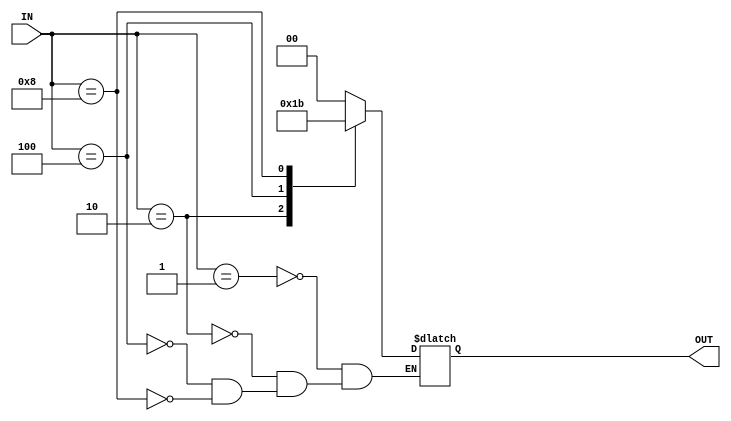
module enc(IN, OUT);
	input [3:0]IN;
	output [1:0]OUT;
	reg [1:0]OUT;
	always @(*) begin
		case(IN)
			4'b0001: OUT = 2'b00;
			4'b0010: OUT = 2'b01;
			4'b0100: OUT = 2'b10;
			4'b1000: OUT = 2'b11;
		endcase
	end
endmodule

module test;
	reg [3:0]in;
	wire [1:0]out;
	enc gnc(in, out);
	initial begin
		$dumpfile("encoder4X2(Behavioural Modelling).vcd");
		$dumpvars(0,test);
		$display("I3\tI2\tI1\tI0\tO1\tO0");
		$monitor("%b\t%b\t%b\t%b\t%b\t%b",in[3],in[2],in[1],in[0],out[1],out[0]);
		#0  in = 4'b0000;
		#10 in = 4'b0001;
		#10 in = 4'b0010;
		#10 in = 4'b0100;
		#10 in = 4'b1000;
		#10
		$finish;
	end
endmodule